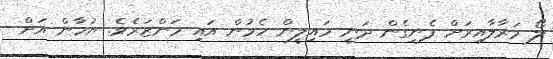
ލޯ މަރާލާއިރަށް ފެނިގެން ދަނީ މައިލީން ހެމުން އައި މަންޒަރެވެ. ޔުހާން އަށް